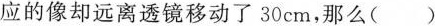
应的像却远离透镜移动了30cm，那么()